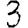
Digit: 3